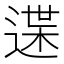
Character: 䢡